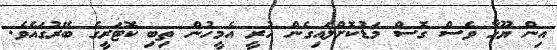
އިން ޔޫހާ ވެސް ގޮސް މަޑުކޮށްލައިގެން ހުރީ އެމީހުން ތިބި ކޮޓަރީގެ ބޭރުގައެވެ.